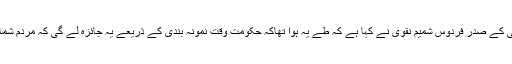
25 اپریل2018ء) پاکستان تحریک انصاف کراچی کے صدر فردوس شمیم نقوی نے کہا ہے کہ طے یہ ہوا تھاکہ حکومت وقت نمونہ بندی کے ذریعے یہ جائزہ لے گی کہ مردم شماری میں لوگوں کو صحیح طرح گناگیا ہے یا نہیں۔